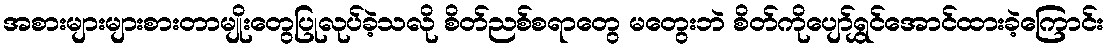
အစားများများစားတာမျိုးတွေပြုလုပ်ခဲ့သလို စိတ်ညစ်စရာတွေ မတွေးဘဲ စိတ်ကိုပျော်ရွှင်အောင်ထားခဲ့ကြောင်း